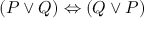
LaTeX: ( P \lor Q ) \Leftrightarrow ( Q \lor P )